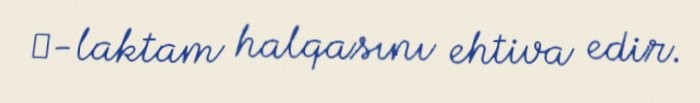
β-laktam halqasını ehtiva edir.